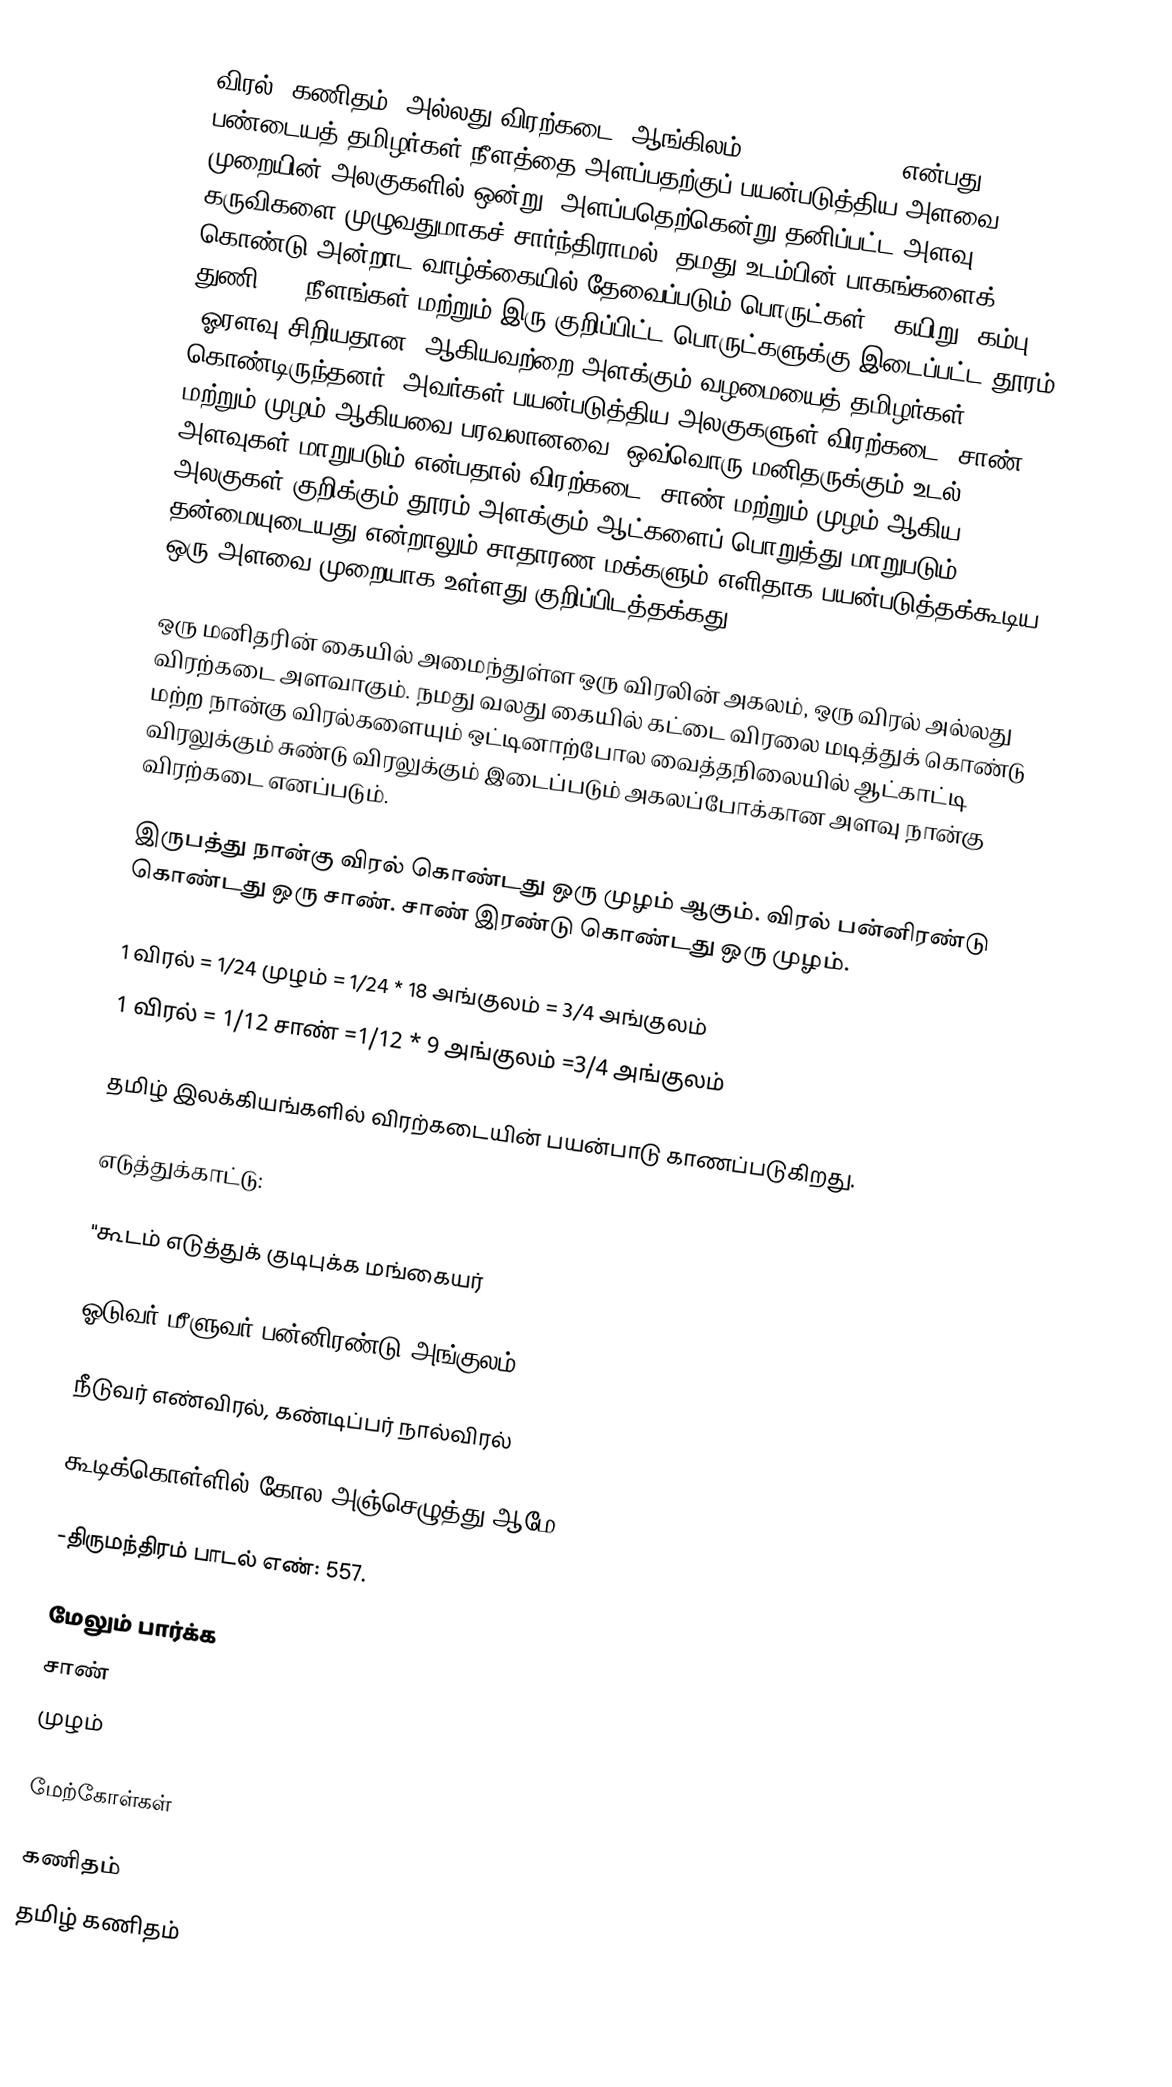
விரல் (கணிதம்) அல்லது விரற்கடை (ஆங்கிலம்: Finger (unit)) என்பது பண்டையத் தமிழர்கள் நீளத்தை அளப்பதற்குப் பயன்படுத்திய அளவை முறையின் அலகுகளில் ஒன்று. அளப்பதெற்கென்று தனிப்பட்ட அளவு கருவிகளை முழுவதுமாகச் சார்ந்திராமல், தமது உடம்பின் பாகங்களைக் கொண்டு அன்றாட வாழ்க்கையில் தேவைப்படும் பொருட்கள், (கயிறு, கம்பு, துணி...) நீளங்கள் மற்றும் இரு குறிப்பிட்ட பொருட்களுக்கு இடைப்பட்ட தூரம் (ஓரளவு சிறியதான) ஆகியவற்றை அளக்கும் வழமையைத் தமிழர்கள் கொண்டிருந்தனர். அவர்கள் பயன்படுத்திய அலகுகளுள் விரற்கடை, சாண் மற்றும் முழம் ஆகியவை பரவலானவை. ஒவ்வொரு மனிதருக்கும் உடல் அளவுகள் மாறுபடும் என்பதால் விரற்கடை, சாண் மற்றும் முழம் ஆகிய அலகுகள் குறிக்கும் தூரம் அளக்கும் ஆட்களைப் பொறுத்து மாறுபடும் தன்மையுடையது என்றாலும் சாதாரண மக்களும் எளிதாக பயன்படுத்தக்கூடிய ஒரு அளவை முறையாக உள்ளது குறிப்பிடத்தக்கது

ஒரு மனிதரின் கையில் அமைந்துள்ள ஒரு விரலின் அகலம், ஒரு விரல் அல்லது விரற்கடை அளவாகும்.  நமது வலது கையில் கட்டை விரலை மடித்துக் கொண்டு மற்ற நான்கு விரல்களையும் ஒட்டினாற்போல வைத்தநிலையில் ஆட்காட்டி விரலுக்கும் சுண்டு விரலுக்கும் இடைப்படும் அகலப்போக்கான அளவு நான்கு விரற்கடை எனப்படும்.

இருபத்து நான்கு விரல் கொண்டது ஒரு முழம் ஆகும். விரல் பன்னிரண்டு கொண்டது ஒரு சாண். சாண் இரண்டு கொண்டது ஒரு முழம்.

1 விரல் = 1/24 முழம் = 1/24 * 18 அங்குலம் = 3/4 அங்குலம்
1 விரல் = 1/12 சாண்  =1/12 * 9 அங்குலம்  =3/4 அங்குலம்

தமிழ் இலக்கியங்களில் விரற்கடையின் பயன்பாடு காணப்படுகிறது.

எடுத்துக்காட்டு:

"கூடம் எடுத்துக் குடிபுக்க மங்கையர்

ஓடுவர் மீளுவர் பன்னிரண்டு அங்குலம்

நீடுவர் எண்விரல், கண்டிப்பர் நால்விரல்

கூடிக்கொள்ளில் கோல அஞ்செழுத்து ஆமே."

-திருமந்திரம் பாடல் எண்: 557.

மேலும் பார்க்க
சாண்
முழம்

மேற்கோள்கள்

கணிதம்
தமிழ் கணிதம்